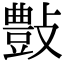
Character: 𣀂